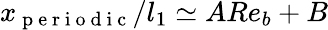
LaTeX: x_{\mathrm{~p~e~r~i~o~d~i~c~}}/l_{1}\simeq ARe_{b}+B